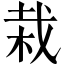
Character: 栽